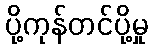
ပို့ကုန်တင်ပို့မှု